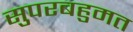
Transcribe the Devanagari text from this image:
सुपरबहुमत